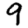
Digit: 9